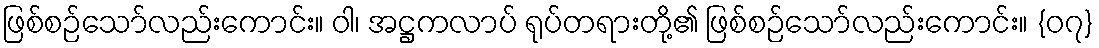
ဖြစ်စဉ်သော်လည်းကောင်း။ ဝါ၊ အဋ္ဌကလာပ် ရုပ်တရားတို့၏ ဖြစ်စဉ်သော်လည်းကောင်း။ {၀၇}